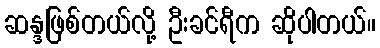
ဆန္ဒဖြစ်တယ်လို့ ဦးခင်ရီက ဆိုပါတယ်။